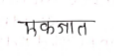
मजकूर: एकजात